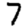
Digit: 7